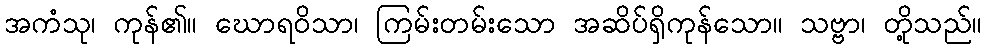
အကံသု၊ ကုန်၏။ ဃောရဝိသာ၊ ကြမ်းတမ်းသော အဆိပ်ရှိကုန်သော။ သဗ္ဗာ၊ တို့သည်။